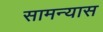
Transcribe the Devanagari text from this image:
सामन्यास